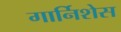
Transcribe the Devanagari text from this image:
गार्निशेस